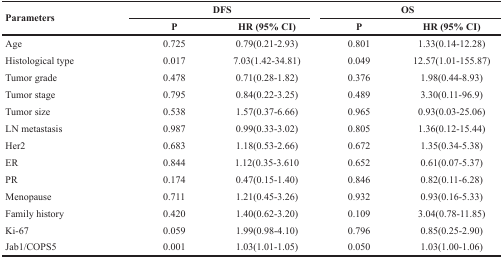
<table><thead><tr><td rowspan="2"><b>Parameters</b></td><td colspan="2"><b>DFS</b></td><td colspan="2"><b>OS</b></td></tr><tr><td><b>P</b></td><td><b>HR (95% CI)</b></td><td><b>P</b></td><td><b>HR (95% CI)</b></td></tr></thead><tbody><tr><td>Age</td><td>0.725</td><td>0.79(0.21-2.93)</td><td>0.801</td><td>1.33(0.14-12.28)</td></tr><tr><td>Histological type</td><td>0.017</td><td>7.03(1.42-34.81)</td><td>0.049</td><td>12.57(1.01-155.87)</td></tr><tr><td>Tumor grade</td><td>0.478</td><td>0.71(0.28-1.82)</td><td>0.376</td><td>1.98(0.44-8.93)</td></tr><tr><td>Tumor stage</td><td>0.795</td><td>0.84(0.22-3.25)</td><td>0.489</td><td>3.30(0.11-96.9)</td></tr><tr><td>Tumor size</td><td>0.538</td><td>1.57(0.37-6.66)</td><td>0.965</td><td>0.93(0.03-25.06)</td></tr><tr><td>LN metastasis</td><td>0.987</td><td>0.99(0.33-3.02)</td><td>0.805</td><td>1.36(0.12-15.44)</td></tr><tr><td>Her2</td><td>0.683</td><td>1.18(0.53-2.66)</td><td>0.672</td><td>1.35(0.34-5.38)</td></tr><tr><td>ER</td><td>0.844</td><td>1.12(0.35-3.610</td><td>0.652</td><td>0.61(0.07-5.37)</td></tr><tr><td>PR</td><td>0.174</td><td>0.47(0.15-1.40)</td><td>0.846</td><td>0.82(0.11-6.28)</td></tr><tr><td>Menopause</td><td>0.711</td><td>1.21(0.45-3.26)</td><td>0.932</td><td>0.93(0.16-5.33)</td></tr><tr><td>Family history</td><td>0.420</td><td>1.40(0.62-3.20)</td><td>0.109</td><td>3.04(0.78-11.85)</td></tr><tr><td>Ki-67</td><td>0.059</td><td>1.99(0.98-4.10)</td><td>0.796</td><td>0.85(0.25-2.90)</td></tr><tr><td>Jab1/COPS5</td><td>0.001</td><td>1.03(1.01-1.05)</td><td>0.050</td><td>1.03(1.00-1.06)</td></tr></tbody></table>